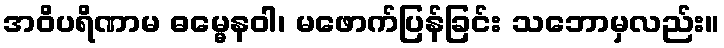
အဝိပရိဏာမ ဓမ္မေနဝါ၊ မဖောက်ပြန်ခြင်း သဘောမှလည်း။